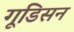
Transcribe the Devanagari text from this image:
गूडिसन